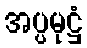
အပ္ပမုဋ္ဌံ